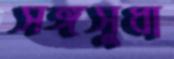
সঙ্গসুধা